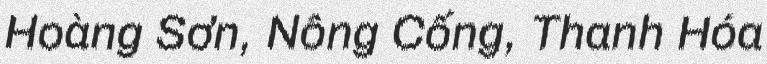
Hoàng Sơn, Nông Cống, Thanh Hóa